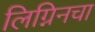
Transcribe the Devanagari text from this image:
लिग्निनचा